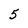
Character: 5